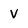
Character: V